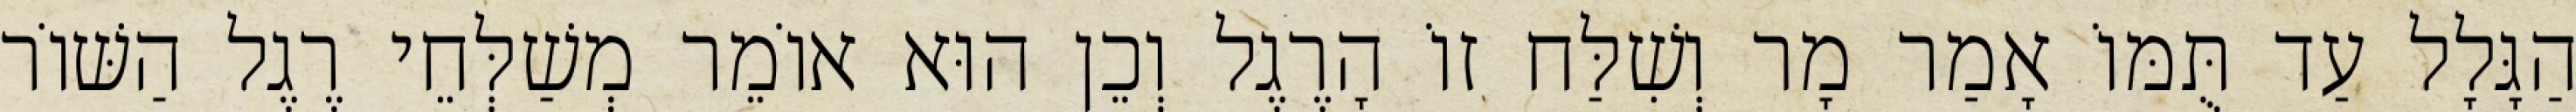
הַגָּלָל עַד תֻּמּוֹ אָמַר מָר וְשִׁלַּח זוֹ הָרֶגֶל וְכֵן הוּא אוֹמֵר מְשַׁלְּחֵי רֶגֶל הַשּׁוֹר